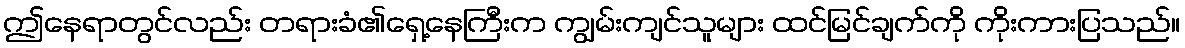
ဤနေရာတွင်လည်း တရားခံ၏ရှေ့နေကြီးက ကျွမ်းကျင်သူများ ထင်မြင်ချက်ကို ကိုးကားပြသည်။